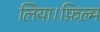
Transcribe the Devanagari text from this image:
लिया।फ़िल्म